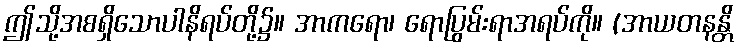
ဤသို့အစရှိသောပါနိရပ်တို့၌။ အာကရော၊ ရောပြွမ်းရာအရပ်ကို။ (အာယတနန္တိ